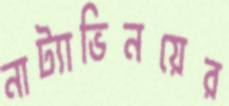
নাট্যাভিনয়ের